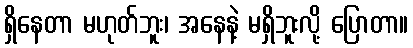
ရှိနေတာ မဟုတ်ဘူး၊ အနေနဲ့ မရှိဘူးလို့ ပြောတာ။